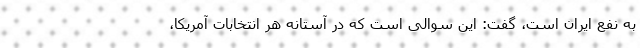
به نفع ایران است، گفت: این سوالی است که در آستانه هر انتخابات آمریکا،